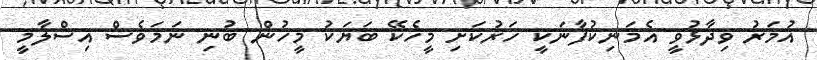
އުމަރު ވިދާޅުވީ އެމަނިކުފާނަކީ ހަރުކަށި މީހެކޭ ބަޔަކު މީހުން ބުނި ނަމަވެސް އިސްލާމީ